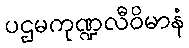
ပဌမကုဏ္ဍလီဝိမာနံ